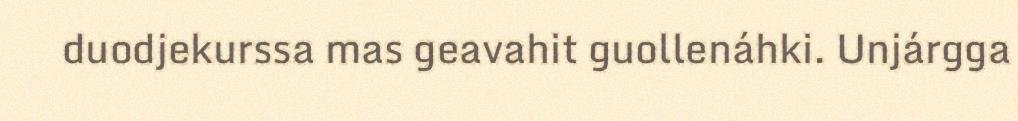
duodjekurssa mas geavahit guollenáhki. Unjárgga